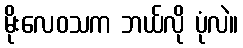
မိုးလေဝသက ဘယ်လို ပုံလဲ။